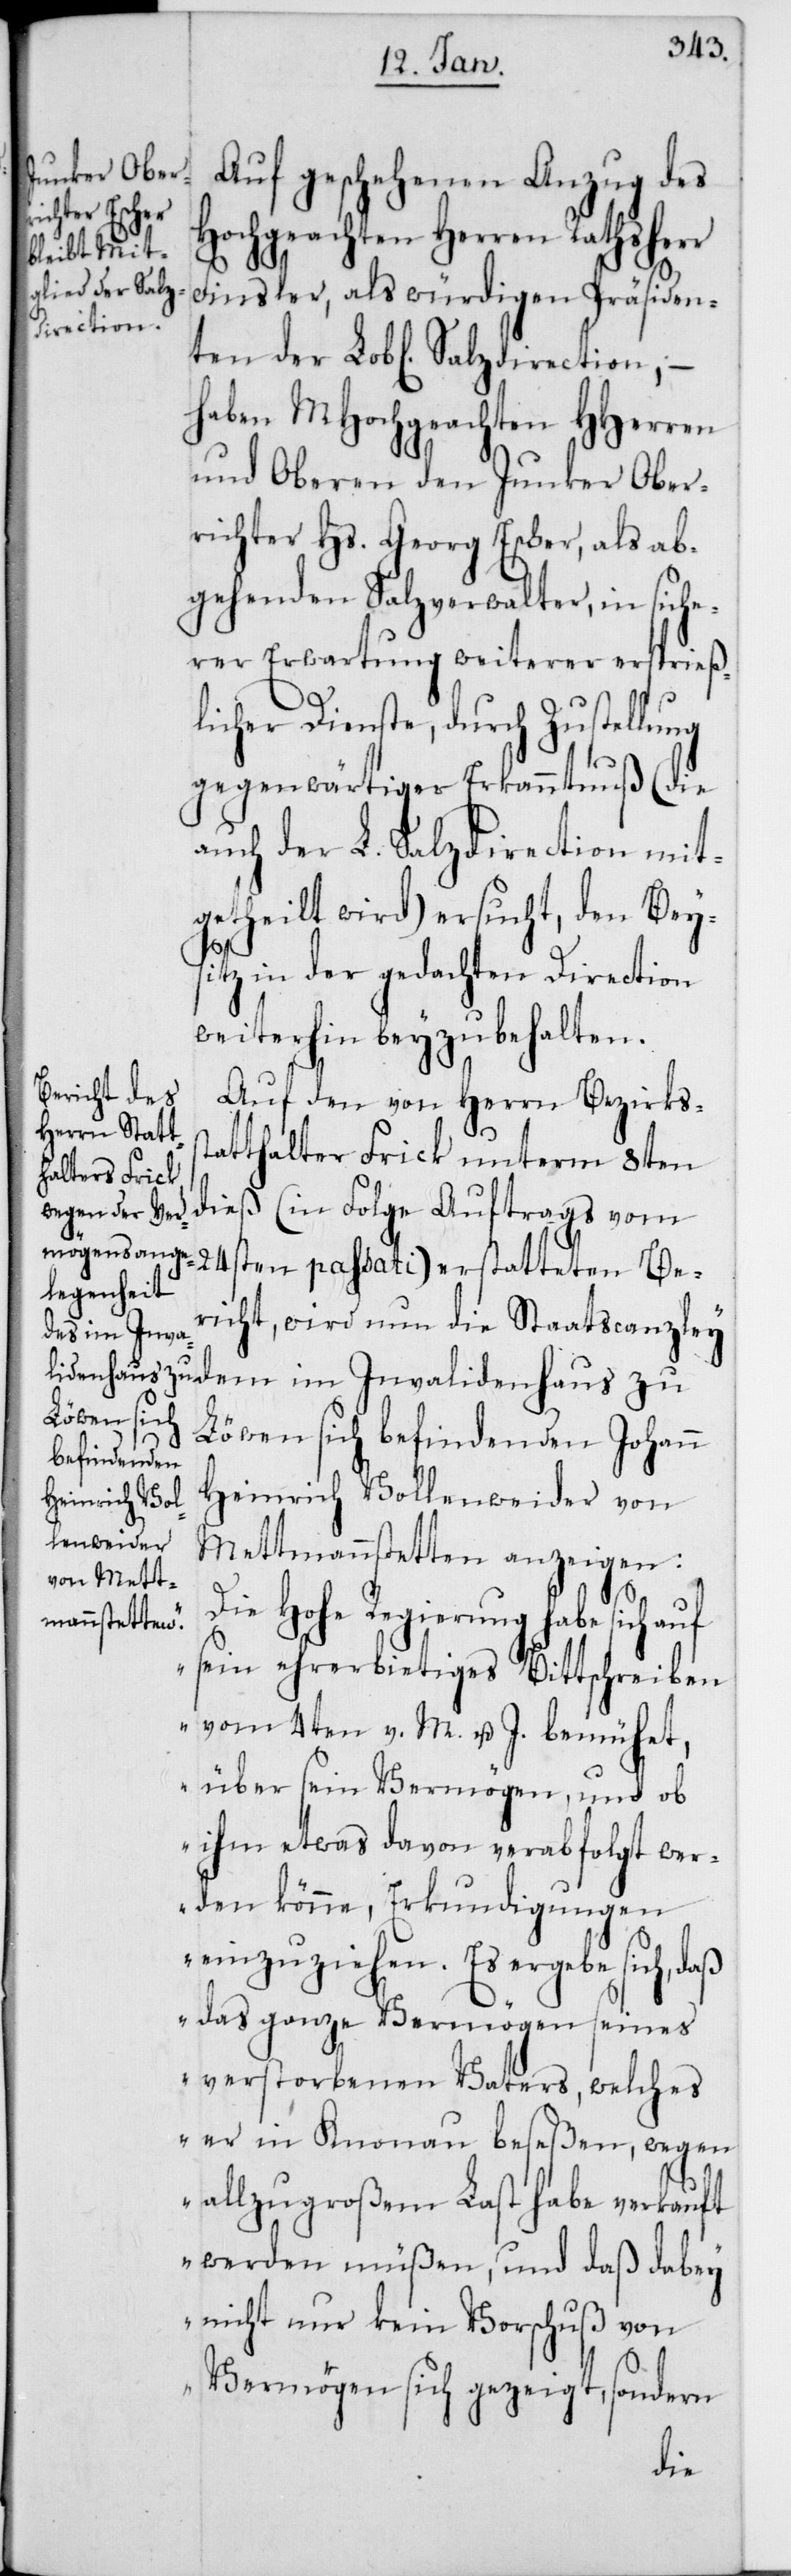
Auf geschehenen Anzug des
Hochgeachten Herren Rathsherr
Finsler, als würdigen Präsiden¬
direction,
haben MHochgeachten Herren
und Oberen den Junker Ober¬
richter Hs. Georg Escher, als ab¬
gehenden Salzverwalter, in siche¬
rer Erwartung weiterer ersprieß¬
licher Dienste, durch Zustellung
gegenwärtiger Erkanntnuß (die
auch der L. Salzdirection mit¬
getheilt wird) ersucht, den Bey¬
Salz¬
sitz in der gedachten Direction
weiterhin beyzubehalten.
Auf den von Herrn Bezirkss¬
tatthalter Frick unterm 8ten
24sten passati) erstatteten Be¬
richt, wird nun die Staatscanzley
dem im Inva¬
lidenhaus
Löwen sich befindenden Johann
Heinrich Vollenweider von
ten der
Mettmannstetten anzeigen:
ie Hohe Regierung habe sich auf
„D¬
sein ehrerbietiges Bittschreiben
vom 4ten v. M. u. J. bemühet,
über sein Vermögen, und ob
ihm etwas davon verabfolgt wer¬
den könne, Erkundigungen
einzuziehen. Es ergebe sich, daß
das ganze Vermögen seines
verstorbenen Vaters, welches
er in Knonau beseßen, wegen
werden müßen, und daß dabey
nicht nur kein Vorschuß von
Vermögen sich gezeigt, sondern
dieß